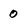
Character: 0